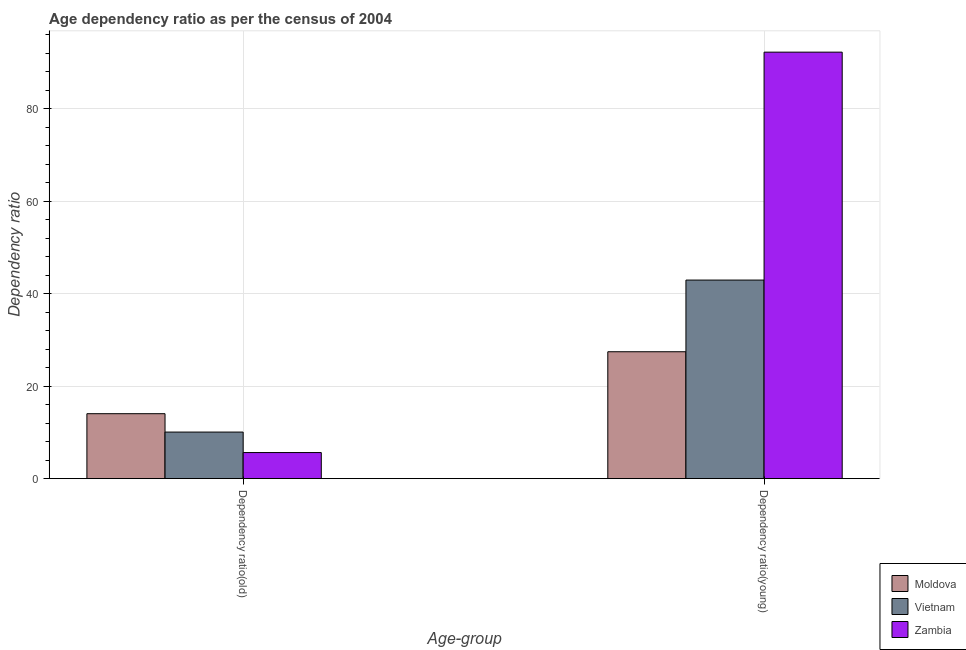
| Age-group | Moldova | Vietnam | Zambia |
 | --- | --- | --- | --- |
 | Dependency ratio(old) | 14 | 10.1 | 5.64 |
 | Dependency ratio(young) | 27.4 | 42.9 | 92.2 |